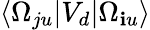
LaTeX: \langle\Omega_{ju}|V_{d}|\Omega_{\mathbf{i}u}\rangle